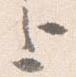
上